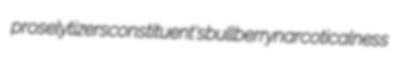
proselytizers constituent's bullberry narcoticalness